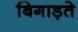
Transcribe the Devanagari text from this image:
बिगाड़ते